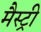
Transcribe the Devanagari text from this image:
मैस्ट्री